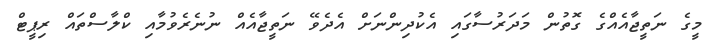
މީގެ ނަތީޖާއެއްގެ ގޮތުން މަދަރުސާގައި އެކުދިންނަށް އެދެވޭ ނަތީޖާއެއް ނުނެރެވުމާއި ކްލާސްތައް ރިޕީޓް